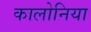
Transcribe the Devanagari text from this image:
कालोनिया